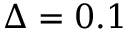
\Delta = 0 . 1